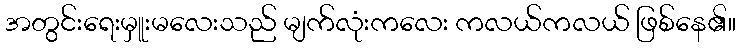
အတွင်းရေးမှူးမလေးသည် မျက်လုံးကလေး ကလယ်ကလယ် ဖြစ်နေ၏။